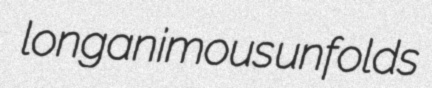
longanimous unfolds